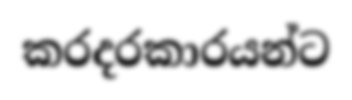
කරදරකාරයන්ට